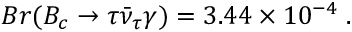
B r ( B _ { c } \to \tau \bar { \nu } _ { \tau } \gamma ) = 3 . 4 4 \times 1 0 ^ { - 4 } \; .